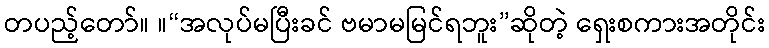
တပည့်တော်။ ။“အလုပ်မပြီးခင် ဗမာမမြင်ရဘူး”ဆိုတဲ့ ရှေးစကားအတိုင်း